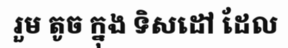
រួម តូច ក្នុង ទិសដៅ ដែល